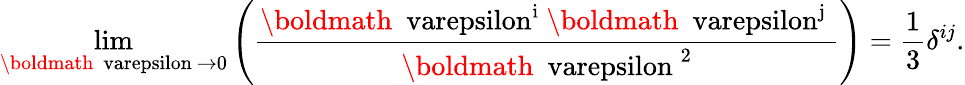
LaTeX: \operatorname*{lim}_{{\mathrm{\boldmath~\ varepsilon~}}\to 0}\left(\frac{\mathrm{{\boldmath~\ varepsilon^{i}~}}\mathrm{{\boldmath~\ varepsilon^{j}~}}}{{\mathrm{\boldmath~\ varepsilon~}}^{2}}\right)=\frac{1}{3}\delta^{ij}.